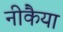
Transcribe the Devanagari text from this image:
नीकैया